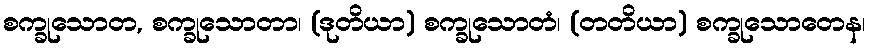
စက္ခုသောတ, စက္ခုသောတာ၊ (ဒုတိယာ) စက္ခုသောတံ၊ (တတိယာ) စက္ခုသောတေန၊